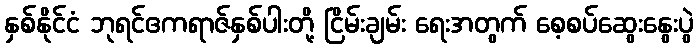
နှစ်နိုင်ငံ ဘုရင်ဧကရာဇ်နှစ်ပါးတို့ ငြိမ်းချမ်း ရေးအတွက် စေ့စပ်ဆွေးနွေးပွဲ